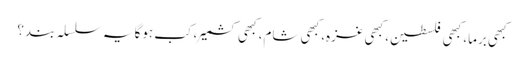
کبھی برما، کبھی فلسطین، کبھی غزہ، کبھی شام، کبھی کشمیر، کب ہوگا یہ سلسلہ بند؟